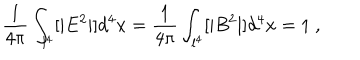
LaTeX: \frac { 1 } { 4 \pi } \int _ { l ^ { 4 } } [ | E ^ { 2 } | ] d ^ { 4 } x = \frac { 1 } { 4 \pi } \int _ { l ^ { 4 } } [ | B ^ { 2 } | ] d ^ { 4 } x = 1 ~ ,